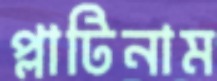
প্লাটিনাম